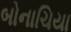
બોનાચિયા